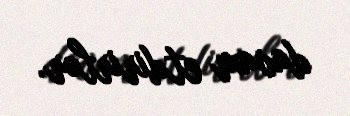
davam etdirirlər.